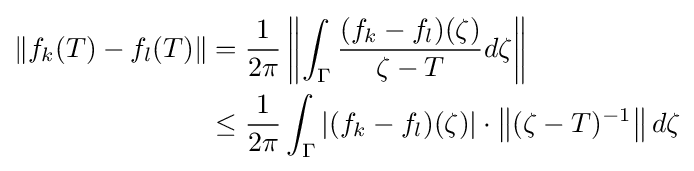
{\begin{aligned}\left\|f_{k}(T)-f_{l}(T)\right\|&={\frac {1}{2\pi }}\left\|\int _{\Gamma }{\frac {(f_{k}-f_{l})(\zeta )}{\zeta -T}}d\zeta \right\|\\&\leq {\frac {1}{2\pi }}\int _{\Gamma }\left|(f_{k}-f_{l})(\zeta )\right|\cdot \left\|(\zeta -T)^{-1}\right\|d\zeta \end{aligned}}